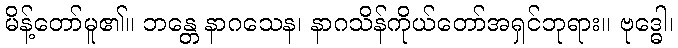
မိန့်တော်မူ၏။ ဘန္တေ နာဂသေန၊ နာဂသိန်ကိုယ်တော်အရှင်ဘုရား။ ဗုဒ္ဓေါ၊